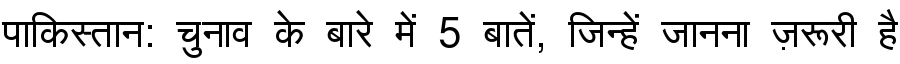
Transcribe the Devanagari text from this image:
पाकिस्तान: चुनाव के बारे में 5 बातें, जिन्हें जानना ज़रूरी है